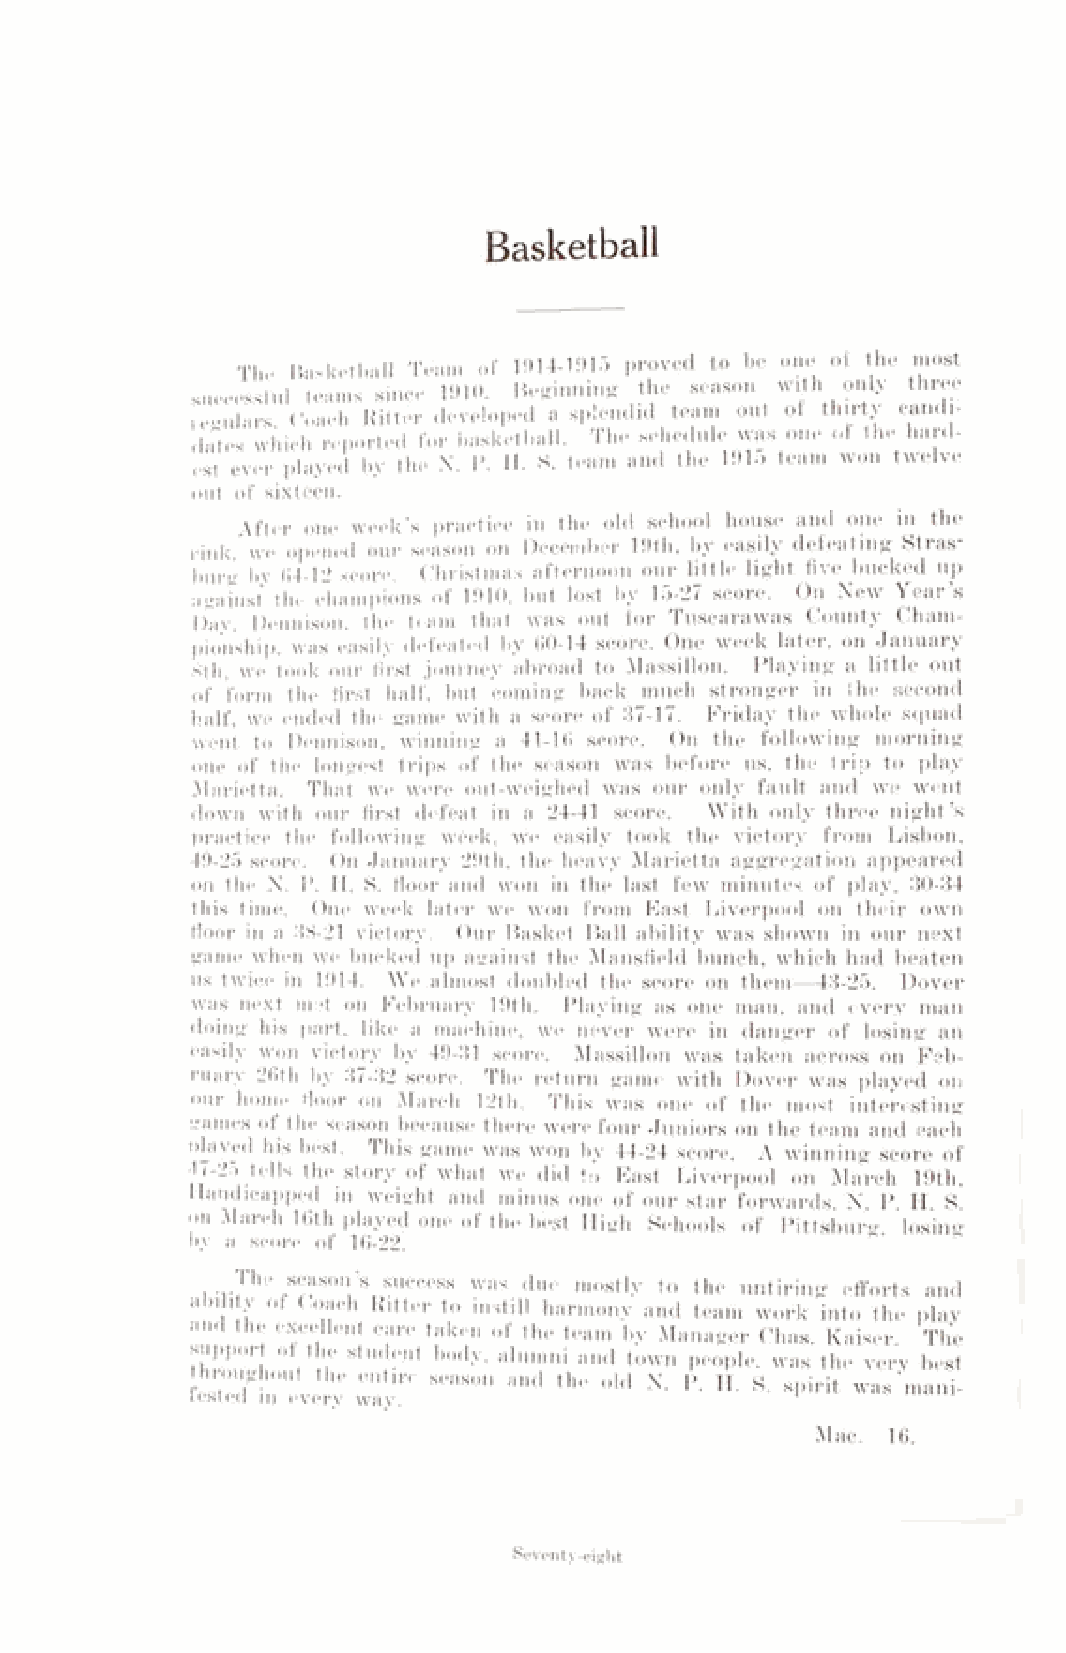
Basketball
 The Basketball Team of 1914-1915 proved to be one ot the most
 successful teams since 1910. Beginning the season with only three
 i (‘"„1 firs Coach Ritter developed a splendid team out of thirty candi­
 dates which reported for basketball. The schedule was one of Iho hard­
 est ever played by the N. P. II. K. team and the 1915 team won twelve
 out of sixteen.
 After one week's practice in the old school house and one in the
 rink, we opened our season on December 19th, by easily defeating Stras
 bur"- by 04-12 score. Christmas afternoon our little light five bucked up
 against the champions of 1910. but lost by 15-27 score. On New Year’s
 Day,-Dennison, the team that was out for Tuscarawas County Cham­
 pionship. was easily defeated by 60-14 score. One week later, on January
 8th, we took our first journey abroad to Massillon. Playing a little out
 of form the first half, but coming back much stronger in the second
 half, we ended the game with a score of 37-17. Friday the whole squad
 went to Dennison, winning a 41-16 score. On the following morning
 one of the longest trips of the season was before us, the 1rip to play
 Marietta. That we were out-weighed was our only fault and we went
 down with our first defeat in a 24-41 score. With only three night’s
 practice the following week, we easily took the victory from Lisbon.
 49-25 score. On January 29th. the heavy Marietta aggregation appeared
 on the N. P. H. S. floor and won in the last few minutes of play, 30-34
 this time. One week later we won from East Liverpool on their own
 floor in a 38-21 victory. Our Basket Ball ability was shown in our next
 game when we bucked up against the Mansfield bunch, which had beaten
 us twice in 1914. We almost doubled the score on them—43-25. Dover
 was next met on February 19th. Playing as one man, and every man
 doing his part, like a machine, we never were in danger of losing an
 easily won victory by 49-31 score. Massillon was taken across on Feb­
 ruary 26th by 37-32 score. The return game with Dover was played on
 our home floor on March 12th. This was one of the most interesting
 games of the season because there were four Juniors on the team and each
 nlaved hi,s best. This game was won by 44-24 score. A winning score of
 47-25 tells the story of what we did to East Liverpool on March 19th.
 Handicapped in weight and minus one of our star forwards, N. P. H. S.
 on March 16th played one of the best High Schools of Pittsburg losin»'
 by a score of 16-22.
 rhe season’s success was due mostly to the untiring efforts and
 ability of Coach Ritter to instill harmony and team work into the play
 and the excellent care taken of the team by Manager Chas. Kaiser The
 support of the student body, alumni and town people, was the very best
 l£etsetedug finn° llevvei ry w61a y. S6aSOn and the old N‘ P- H' S- sPirit was mani-
 Mac. 16.
 Seventy-eight